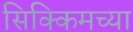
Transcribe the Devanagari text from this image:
सिक्किमच्या